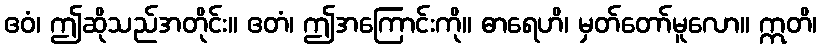
ဧဝံ၊ ဤဆိုသည်အတိုင်း။ ဧတံ၊ ဤအကြောင်းကို။ ဓာရေဟိ၊ မှတ်တော်မူလော။ ဣတိ၊